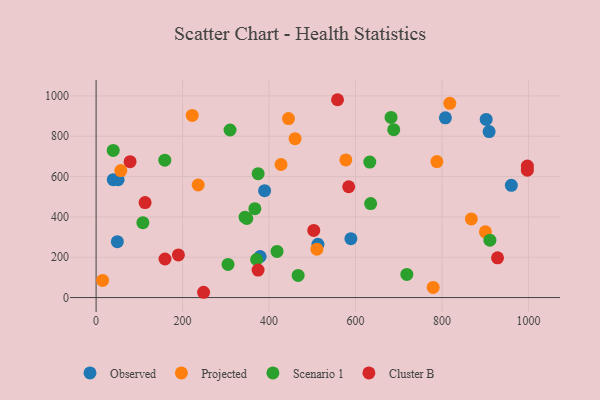
{"axis": {"x": "Speed", "y": "Fuel Efficiency"}, "legend": ["Cluster B", "Observed", "Projected", "Scenario 1"], "data": [{"x": "589.3", "y": 291.9, "type": "Observed"}, {"x": "379.4", "y": 203.7, "type": "Observed"}, {"x": "49.1", "y": 277.1, "type": "Observed"}, {"x": "39.7", "y": 584.5, "type": "Observed"}, {"x": "902.2", "y": 883.3, "type": "Observed"}, {"x": "807.9", "y": 891.4, "type": "Observed"}, {"x": "909.0", "y": 823.2, "type": "Observed"}, {"x": "389.7", "y": 530.0, "type": "Observed"}, {"x": "960.4", "y": 556.6, "type": "Observed"}, {"x": "513.1", "y": 264.4, "type": "Observed"}, {"x": "50.9", "y": 584.4, "type": "Observed"}, {"x": "236.1", "y": 558.3, "type": "Projected"}, {"x": "460.2", "y": 787.9, "type": "Projected"}, {"x": "445.0", "y": 887.8, "type": "Projected"}, {"x": "900.4", "y": 326.2, "type": "Projected"}, {"x": "15.1", "y": 85.0, "type": "Projected"}, {"x": "867.9", "y": 390.1, "type": "Projected"}, {"x": "57.2", "y": 629.9, "type": "Projected"}, {"x": "577.6", "y": 682.8, "type": "Projected"}, {"x": "818.0", "y": 963.2, "type": "Projected"}, {"x": "222.3", "y": 903.4, "type": "Projected"}, {"x": "510.7", "y": 240.0, "type": "Projected"}, {"x": "779.6", "y": 50.5, "type": "Projected"}, {"x": "427.7", "y": 659.9, "type": "Projected"}, {"x": "788.2", "y": 674.4, "type": "Projected"}, {"x": "910.8", "y": 284.5, "type": "Scenario 1"}, {"x": "367.2", "y": 440.6, "type": "Scenario 1"}, {"x": "309.8", "y": 831.0, "type": "Scenario 1"}, {"x": "348.6", "y": 392.0, "type": "Scenario 1"}, {"x": "108.2", "y": 371.5, "type": "Scenario 1"}, {"x": "344.6", "y": 398.4, "type": "Scenario 1"}, {"x": "374.8", "y": 614.4, "type": "Scenario 1"}, {"x": "418.5", "y": 229.0, "type": "Scenario 1"}, {"x": "467.3", "y": 109.9, "type": "Scenario 1"}, {"x": "682.2", "y": 893.5, "type": "Scenario 1"}, {"x": "371.2", "y": 188.8, "type": "Scenario 1"}, {"x": "39.6", "y": 729.8, "type": "Scenario 1"}, {"x": "305.1", "y": 164.5, "type": "Scenario 1"}, {"x": "633.0", "y": 671.7, "type": "Scenario 1"}, {"x": "635.0", "y": 466.1, "type": "Scenario 1"}, {"x": "688.4", "y": 832.7, "type": "Scenario 1"}, {"x": "158.9", "y": 681.1, "type": "Scenario 1"}, {"x": "718.7", "y": 114.5, "type": "Scenario 1"}, {"x": "503.4", "y": 332.7, "type": "Cluster B"}, {"x": "78.6", "y": 673.9, "type": "Cluster B"}, {"x": "374.6", "y": 136.2, "type": "Cluster B"}, {"x": "584.2", "y": 549.6, "type": "Cluster B"}, {"x": "159.4", "y": 191.2, "type": "Cluster B"}, {"x": "997.5", "y": 631.9, "type": "Cluster B"}, {"x": "248.6", "y": 26.2, "type": "Cluster B"}, {"x": "558.4", "y": 981.1, "type": "Cluster B"}, {"x": "997.5", "y": 652.3, "type": "Cluster B"}, {"x": "190.4", "y": 211.4, "type": "Cluster B"}, {"x": "928.5", "y": 196.9, "type": "Cluster B"}, {"x": "113.3", "y": 471.2, "type": "Cluster B"}]}